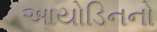
આયોડિનનો